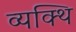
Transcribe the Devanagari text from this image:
व्यक्थि